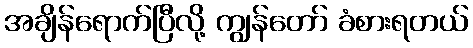
အချိန်ရောက်ပြီလို့ ကျွန်တော် ခံစားရတယ်